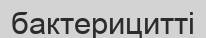
бактерицитті